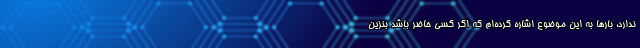
ندارد، بارها به این موضوع اشاره کرده‌ام که اگر کسی حاضر باشد بنزین